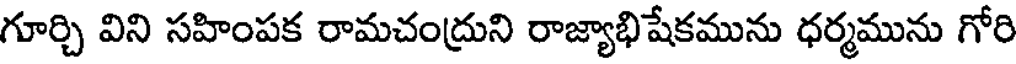
గూర్చి విని సహింపక రామచంద్రుని రాజ్యాభిషేకమును ధర్మమును గోరి